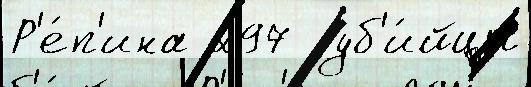
Р'е́п'ина 297  уб'и́йцы